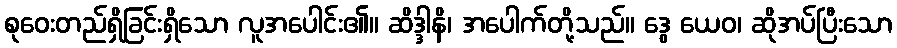
စုဝေးတည်ရှိခြင်းရှိသော လူအပေါင်း၏။ ဆိဒ္ဒါနိ၊ အပေါက်တို့သည်။ ဒွေ ယေဝ၊ ဆိုအပ်ပြီးသော